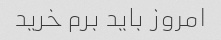
امروز باید برم خرید